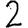
Digit: 2